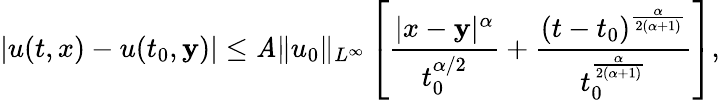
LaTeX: |u(t,x)-u(t_{0},\mathbf{y})|\leq\mathit{A}\| u_{0}\| _{L^{\infty}}\left[\frac{{|x-\mathbf{y}|^{\alpha}}}{{t_{0}^{\alpha/2}}}+\frac{{(t-t_{0})^{\frac{{\alpha}}{{2(\alpha+1)}}}}}{{t_{0}^{\frac{{\alpha}}{{2(\alpha+1)}}}}}\right],